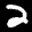
Label: 2